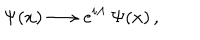
\Psi ( x ) \longrightarrow e ^ { i \Lambda } \, \Psi ( x ) \, ,